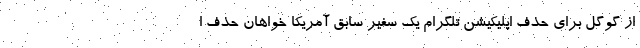
از گوگل برای حذف اپلیکیشن تلگرام یک سفیر سابق آمریکا خواهان حذف ا